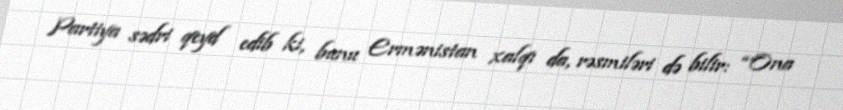
Partiya sədri qeyd edib ki, bunu Ermənistan xalqı da, rəsmiləri də bilir: “Ona